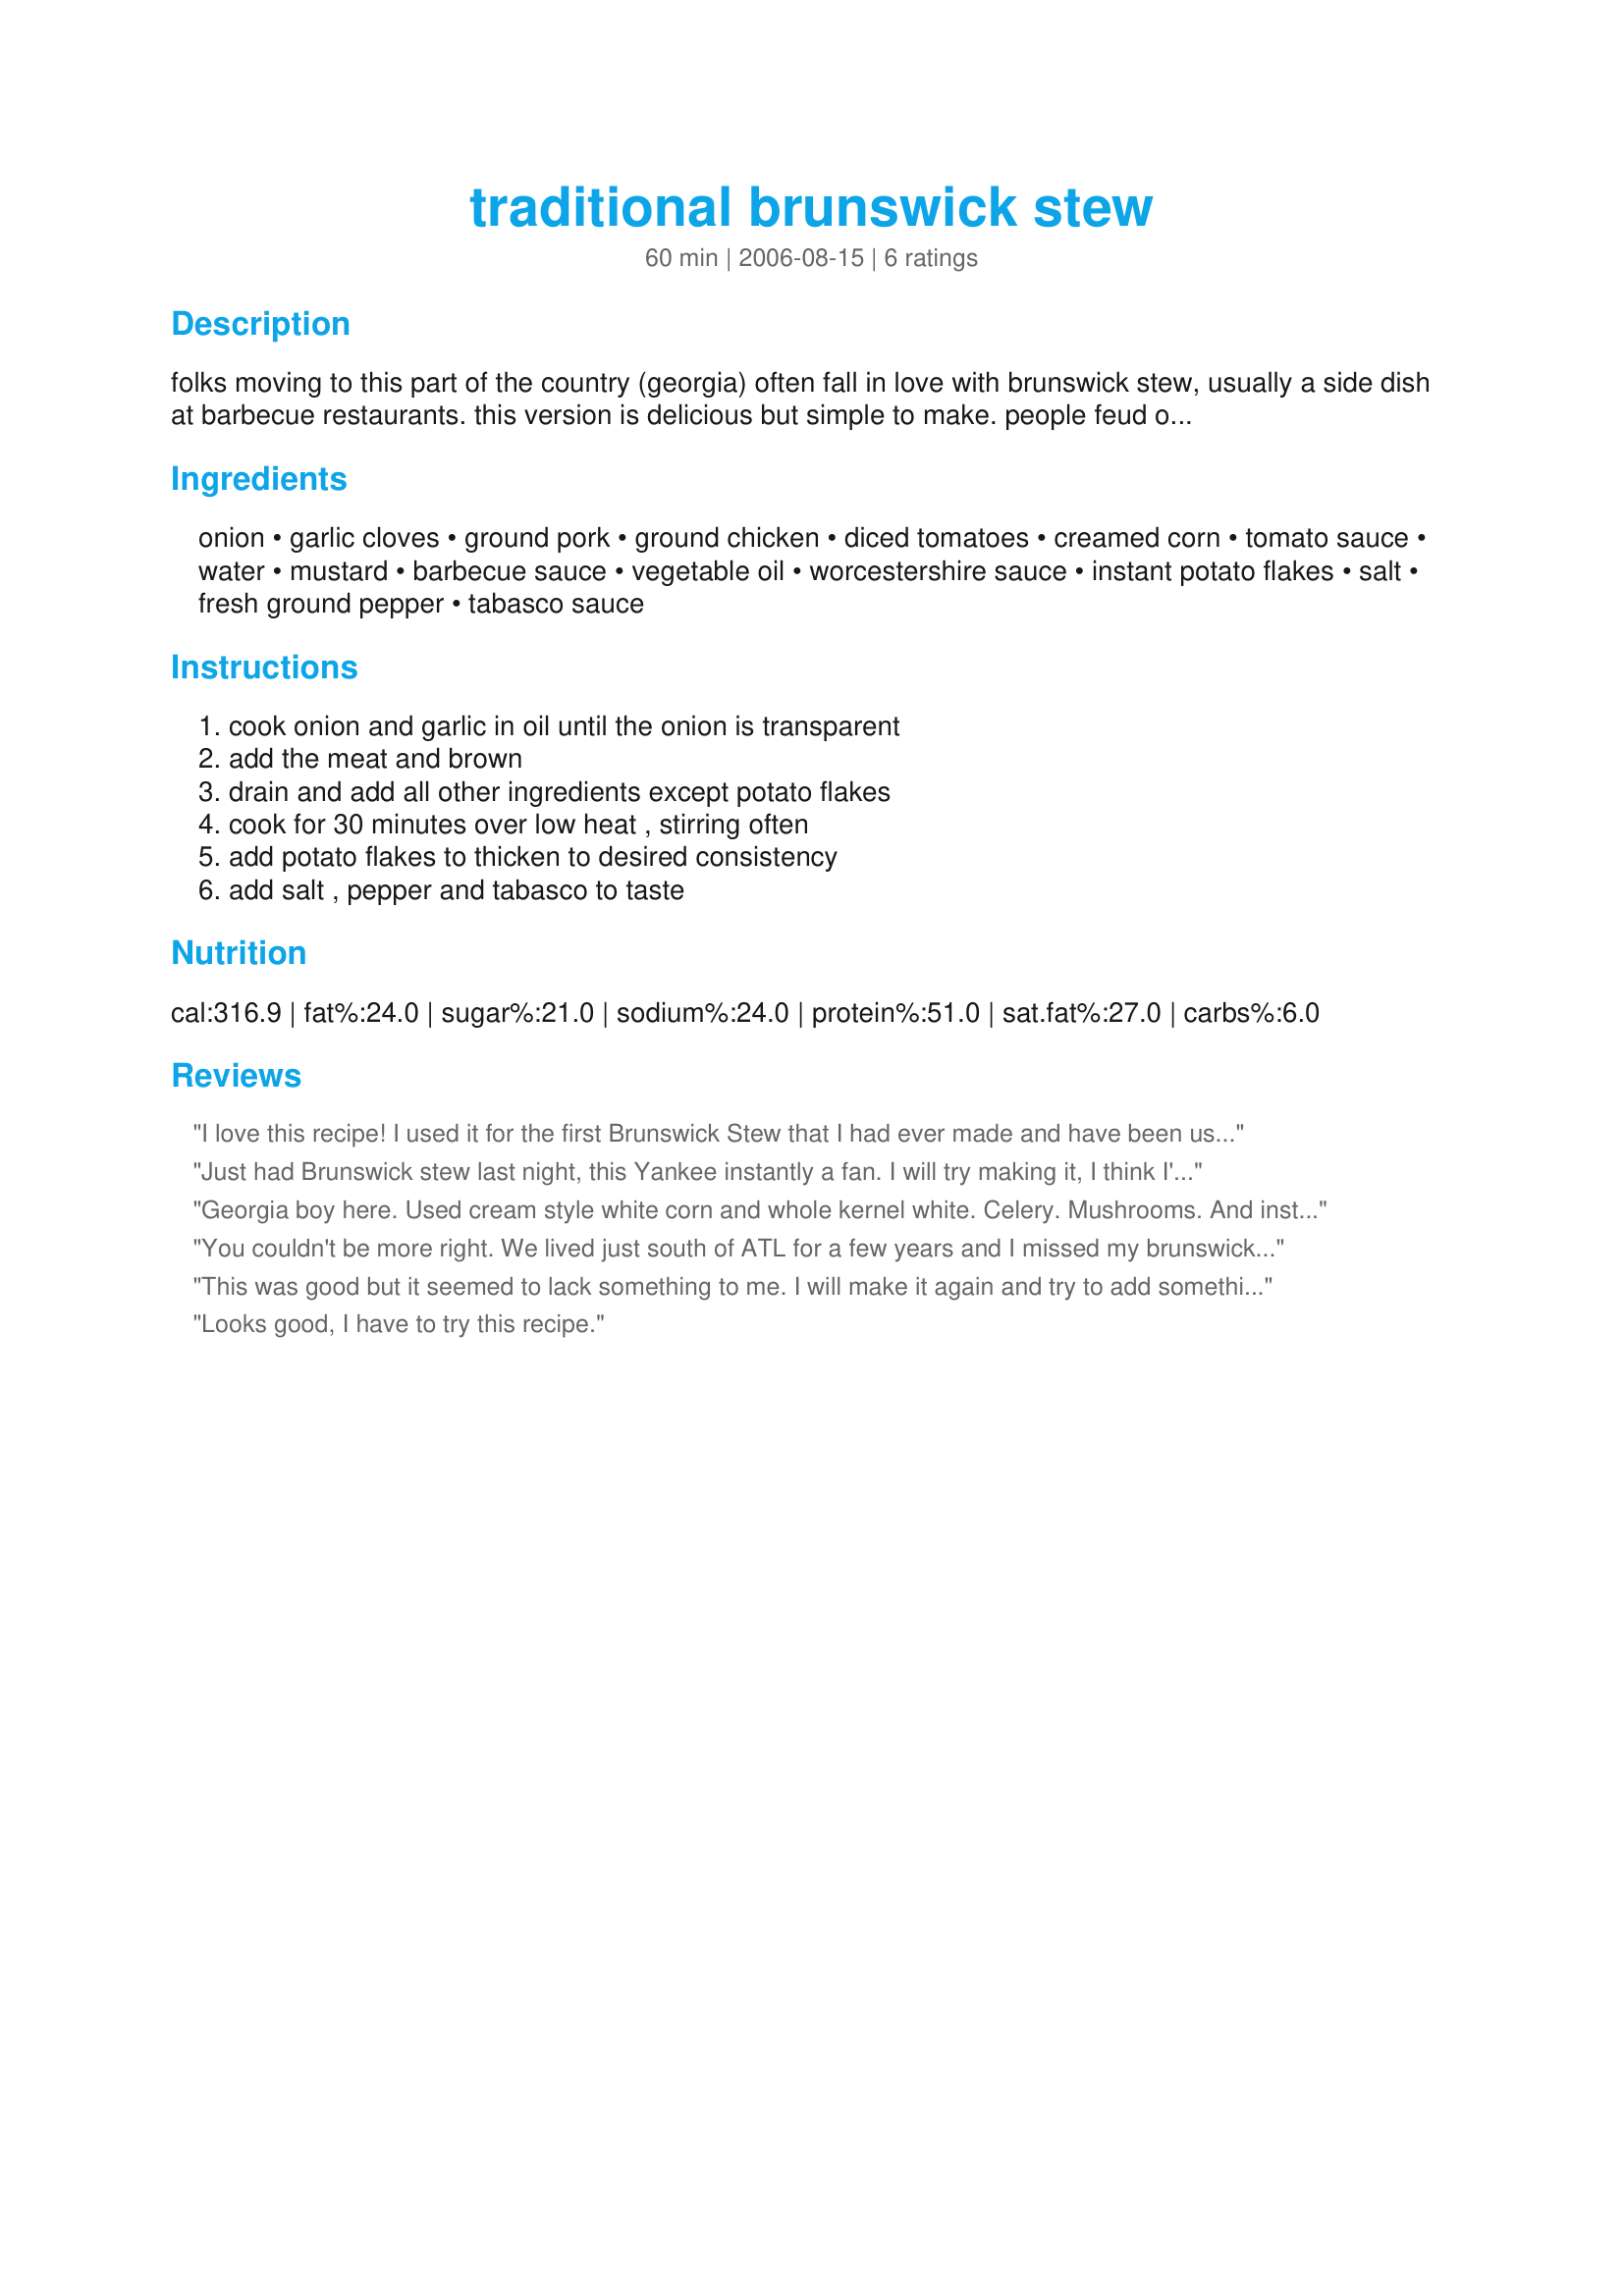
traditional brunswick stew
Preparation time: 60 minutes

folks moving to this part of the country (georgia) often fall in love with brunswick stew, usually a side dish at barbecue restaurants. this version is delicious but simple to make. people feud over whether the stew should have potatoes and lima beans in it, but this is a purist stew (except for the sneaky addition of potato flakes).

Ingredients:
onion, garlic cloves, ground pork, ground chicken, diced tomatoes, creamed corn, tomato sauce, water, mustard, barbecue sauce, vegetable oil, worcestershire sauce, instant potato flakes, salt, fresh ground pepper, tabasco sauce

Steps:
cook onion and garlic in oil until the onion is transparent, add the meat and brown, drain and add all other ingredients except potato flakes, cook for 30 minutes over low heat , stirring often, add potato flakes to thicken to desired consistency, add salt , pepper and tabasco to taste

Reviews:
I love this recipe! I used it for the first Brunswick Stew that I had ever made and have been using it ever since. I have changed it a little but my family says it&#039;s the BEST they have ever eaten!!!
Just had Brunswick stew last night, this Yankee instantly a fan. I will try making it, I think I'll dial the salt &amp; ketchup back a bit, but I'll be trying one of these recipes.
Georgia boy here. Used cream style white corn and whole kernel white. Celery. Mushrooms. And instead of tomato sauce I used manwich sauce. Beef ribs. Pulled pork . Ground chicken breasts. The best Ive made so far and second best tasting (momma does it best ) ; )
You couldn't be more right. We lived just south of ATL for a few years and I missed my brunswick stew. I crockpotted this and added lima beans and 2 chopped potatoes - just like the little place in Hampton on the way to the Atlanta Motor Speedway. We had some pulled pork left over from super bowl. I didn't add the potatoe flakes or salt, pepper or tabasco. I guess my bbq sauce was spicy enough. I did another can of water to make stewy! YUMMY
This was good but it seemed to lack something to me. I will make it again and try to add something different, as of now I don't know what. Thanks for posting. Made for PAC FAll 2006
Looks good, I have to try this recipe.
